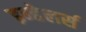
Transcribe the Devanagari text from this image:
इन्हेलर्स